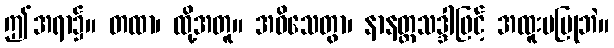
ဤအရာ၌။ တထာ၊ ထို့အတူ။ အဝိသေတွာ၊ နာနတ္တသဒ္ဒါဖြင့် အထူးမပြုဘဲ။